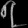
Digit: ၇